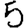
Digit: 5